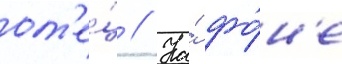
от'е́ц // На́ фо́н'е